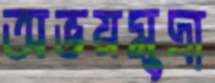
অভয়মুদ্রা